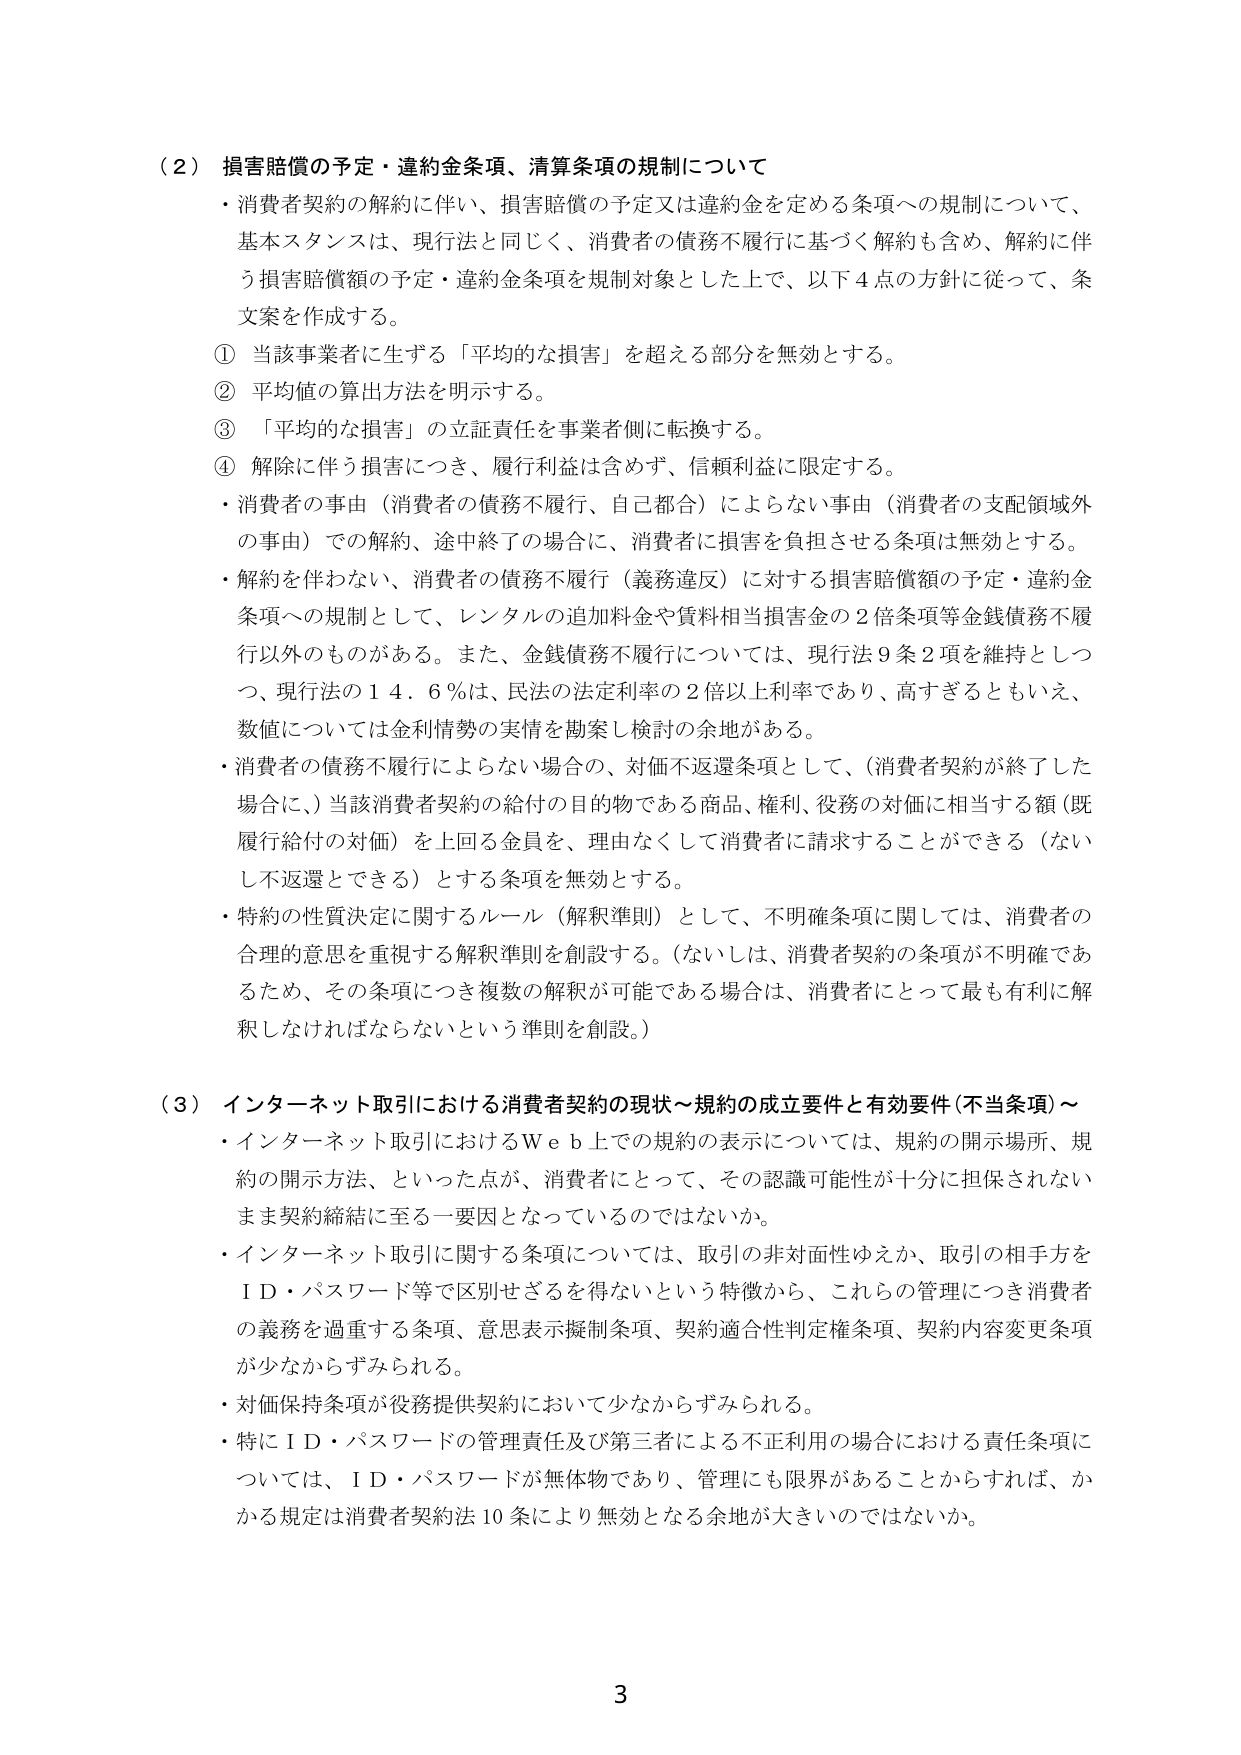
（２）損害賠償の予定・違約金条項、清算条項の規制について
・消費者契約の解約に伴い、損害賠償の予定又は違約金を定める条項への規制について、
基本スタンスは、現行法と同じく、消費者の債務不履行に基づく解約も含め、解約に伴う損害賠償額の予定・違約金条項を規制対象とした上で、以下４点の方針に従って、条文案を作成する。
① 当該事業者に生ずる「平均的な損害」を超える部分を無効とする。
② 平均値の算出方法を明示する。
③ 「平均的な損害」の立証責任を事業者側に転換する。
④ 解除に伴う損害につき、履行利益は含めず、信頼利益に限定する。
・消費者の事由（消費者の債務不履行、自己都合）によらない事由（消費者の支配領域外の事由）での解約、途中終了の場合に、消費者に損害を負担させる条項は無効とする。
・解約を伴わない、消費者の債務不履行（義務違反）に対する損害賠償額の予定・違約金条項への規制として、レンタルの追加料金や賃料相当損害金の２倍条項等金銭債務不履行以外のものがある。また、金銭債務不履行については、現行法９条２項を維持としつつ、現行法の１４．６％は、民法の法定利率の２倍以上利率であり、高すぎるともいえ、数値については金利情勢の実情を勘案し検討の余地がある。
・消費者の債務不履行によらない場合の、対価不返還条項として、（消費者契約が終了した場合に、）当該消費者契約の給付の目的物である商品、権利、役務の対価に相当する額（既履行給付の対価）を上回る金員を、理由なくして消費者に請求することができる（ないし不返還とできる）とする条項を無効とする。
・特約の性質決定に関するルール（解釈準則）として、不明確条項に関しては、消費者の合理的意思を重視する解釈準則を創設する。（ないしは、消費者契約の条項が不明確であるため、その条項につき複数の解釈が可能である場合は、消費者にとって最も有利に解釈しなければならないという準則を創設。）

（３）インターネット取引における消費者契約の現状～規約の成立要件と有効要件（不当条項）～
・インターネット取引におけるＷｅｂ上での規約の表示については、規約の開示場所、規約の開示方法、といった点が、消費者にとって、その認識可能性が十分に担保されないまま契約締結に至る一要因となっているのではないか。
・インターネット取引に関する条項については、取引の非対面性ゆえか、取引の相手方をＩＤ・パスワード等で区別せざるを得ないという特徴から、これらの管理につき消費者の義務を過重する条項、意思表示擬制条項、契約適合性判定権条項、契約内容変更条項が少なからずみられる。
・対価保持条項が役務提供契約において少なからずみられる。
・特にＩＤ・パスワードの管理責任及び第三者による不正利用の場合における責任条項については、ＩＤ・パスワードが無体物であり、管理にも限界があることからすれば、かかる規定は消費者契約法10条により無効となる余地が大きいのではないか。

3